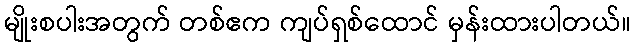
မျိုးစပါးအတွက် တစ်ဧက ကျပ်ရှစ်ထောင် မှန်းထားပါတယ်။